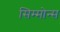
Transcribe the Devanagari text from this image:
सिम्मोन्स